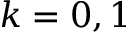
k = 0 , 1